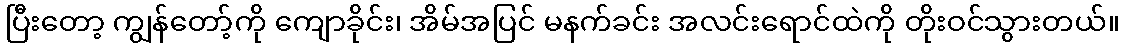
ပြီးတော့ ကျွန်တော့်ကို ကျောခိုင်း၊ အိမ်အပြင် မနက်ခင်း အလင်းရောင်ထဲကို တိုးဝင်သွားတယ်။